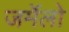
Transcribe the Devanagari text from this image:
जर्मेलो